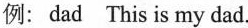
例:dad This is my dad.